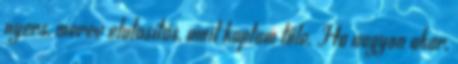
nyers, merev elutasítás, amit kaptam tőle. Ha nagyon akar,